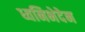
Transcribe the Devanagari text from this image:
ध्वनिभेदेन